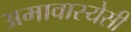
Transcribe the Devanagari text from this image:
अमावास्येसी